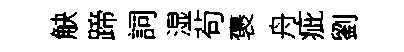
觖蹄詞湿茍褒舟疵劉